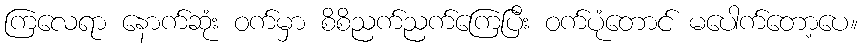
ကြလေရာ နောက်ဆုံး ဝက်မှာ စိစိညက်ညက်ကြေပြီး ဝက်ပုံတောင် မပေါက်တော့ပေ။